Vaccination North-Western Provinces 1866-1877 - 1866-1877
Year: 1866
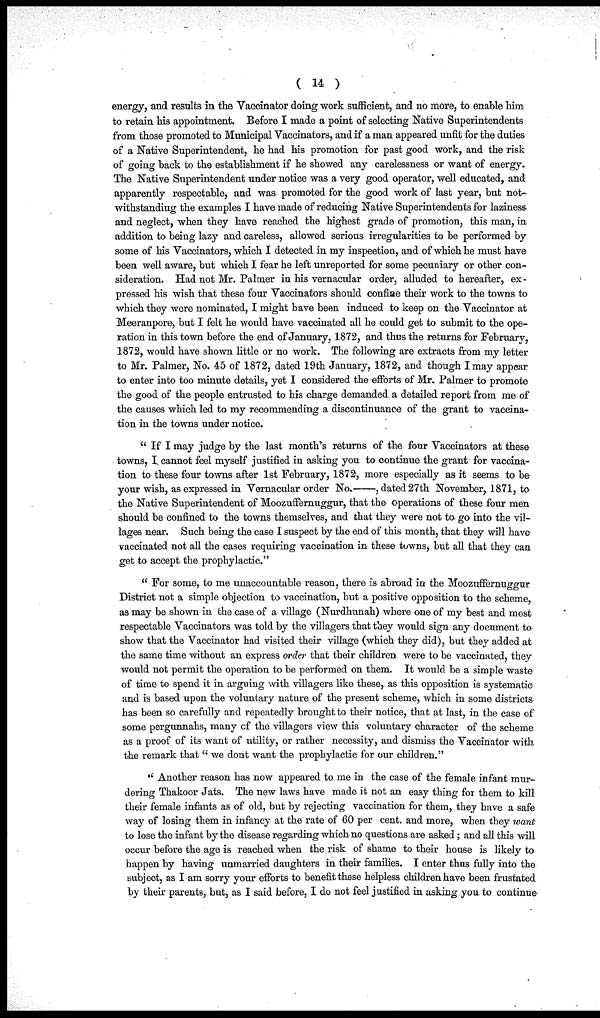
( 14 )
energy, and results in the Vaccinator doing work sufficient, and no more, to enable him
to retain his appointment. Before I made a point of selecting Native Superintendents
from those promoted to Municipal Vaccinators, and if a man appeared unfit for the duties
of a Native Superintendent, he had his promotion for past good work, and the risk
of going back to the establishment if he showed any carelessness or want of energy.
The Native Superintendent under notice was a very good operator, well educated, and
apparently respectable, and was promoted for the good work of last year, but not-
withstandiug the examples I have made of reducing Native Superintendents for laziness
and neglect, when they have reached the highest grade of promotion, this man, in
addition to being lazy and careless, allowed serious irregularities to be performed by
some of his Vaccinators, which I detected in my inspeetion, and of which he must have
been well aware, but which I fear he left unreported for some pecuniary or other con-
sideration. Had not Mr. Palmer in his vernacular order, alluded to hereafter, ex -
pressed his wish that these four Vaccinators should confine their work to the towns to
which they were nominated, I might have been induced to keep on the Vaccinator at
Meeranpore, but I felt he would have vaccinated all he could get to submit to the ope-
ration in this town before the end of January, 1872, and thus the returns for February,
1872, would have shown little or no work. The following are extracts from my letter
to Mr. Palmer, No. 45 of 1872, dated 19th January, 1872, and though I may appear
to enter into too minute details, yet I considered the efforts of Mr. Palmer to promote
the good of the people entrusted to his charge demanded a detailed report from me of
the causes which led to my recommending a discontinuance of the grant to vaccina-
tion in the towns under notice.
" If I may judge by the last month's returns of the four Vaccinators at these
towns, I cannot feel myself justified in asking you to continue the grant for vaccina-
tion to these four towns after 1st February, 1872, more especially as it seems to be
your wish, as expressed in Vernacular order No.—, dated 27th November, 1871, to
the Native Superintendent of Moozuffernuggur, that the operations of these four men
should be confined to the towns themselves, and that they were not to go into the vil-
lages near. Such being the case I suspect by the end of this month, that they will have
vaccinated not all the cases requiring vaccination in these towns, but all that they can
get to accept the prophylactic."
" For some, to me unaccountable reason, there is abroad in the Moozuffernuggur
District not a simple objection to vaccination, but a positive opposition to the scheme,
as may be shown in the case of a village (Nurdhunah) where one of my best and most
respectable Vaccinators was told by the villagers that they would sign any document to
show that the Vaccinator had visited their village (which they did), but they added at
the same time without an express order that their children were to be vaccinated, they
would not permit the operation to be performed on them. It would be a simple waste
of time to spend it in arguing with villagers like these, as this opposition is systematic
and is based upon the voluntary nature of the present scheme, which in some districts
has been so carefully and repeatedly brought to their notice, that at last, in the case of
some pergunnahs, many of the villagers view this voluntary character of the scheme
as a proof of its want of utility, or rather necessity, and dismiss the Vaccinator with
the remark that " we dont want the prophylactic for our children."
" Another reason has now appeared to me in the case of the female infant mur-
dering Thakoor Jats. The new laws have made it not an easy thing for them to kill
their female infants as of old, but by rejecting vaccination for them, they have a safe
way of losing them in infancy at the rate of 60 per cent. and more, when they want
to lose the infant by the disease regarding which no questions are asked; and all this will
occur before the age is reached when the risk of shame to their house is likely to
happen by having unmarried daughters in their families. I enter thus fully into the
subject, as I am sorry your efforts to benefit these helpless children have been frustated
by their parents, but, as I said before, I do not feel justified in asking you to continue